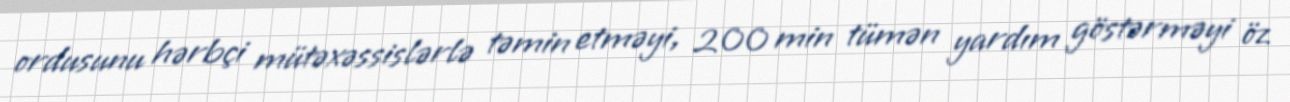
ordusunu hərbçi mütəxəssislərlə təmin etməyi, 200 min tümən yardım göstərməyi öz